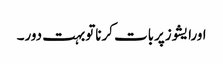
اورایشوزپربات کرناتوبہت دور۔